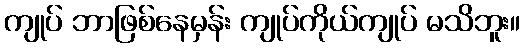
ကျုပ် ဘာဖြစ်နေမှန်း ကျုပ်ကိုယ်ကျုပ် မသိဘူး။